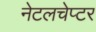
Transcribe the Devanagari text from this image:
नेटलचेप्टर